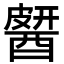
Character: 𨡶